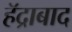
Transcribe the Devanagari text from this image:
हॅद्राबाद